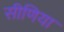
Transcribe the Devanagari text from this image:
सीणिया